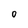
Character: 0